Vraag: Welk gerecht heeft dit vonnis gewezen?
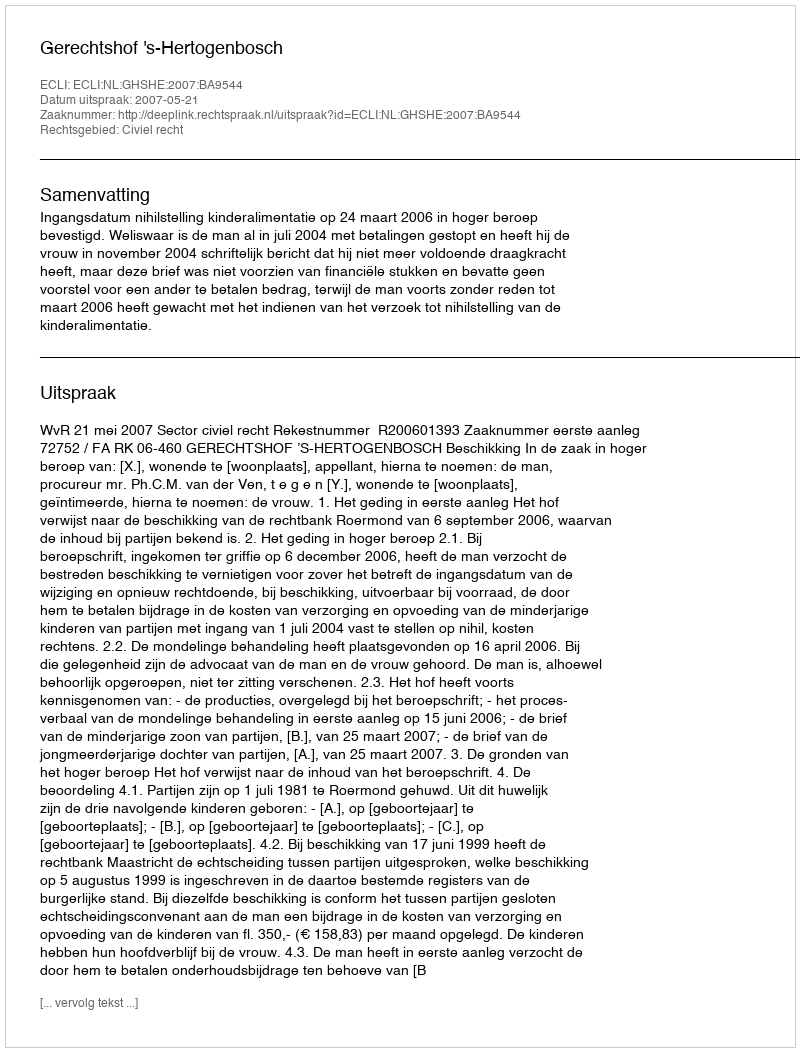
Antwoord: Gerechtshof 's-Hertogenbosch